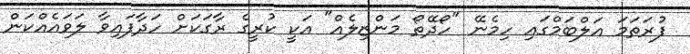
ފުރަތަމަ އަލްބަމްގައި ހިމެނޭ "ހޯދޭތޯ މަންޒިލެއް" އަކީ ކުރީގެ ރާގަކަށް ހަދާފައިވާ ލަވައެއްކަން